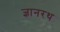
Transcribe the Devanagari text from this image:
ज्ञानरथ